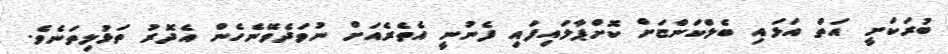
ބުރަކަށީ އަތް އަޅައި ބެލްކަންޏަށް ކޮށްޕާލައިފައި ފެނުނީ އެތެރެއަށް ނުވަދެވޭނެހެން އެދޮރު ތަޅުލިތަނެވެ.